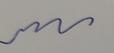
Signature authenticity: genuine